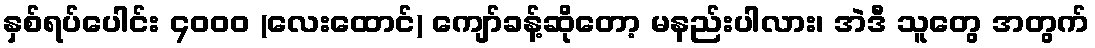
နှစ်ရပ်ပေါင်း ၄၀၀၀ (လေးထောင်) ကျော်ခန့်ဆိုတော့ မနည်းပါလား၊ အဲဒီ သူတွေ အတွက်